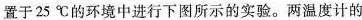
量的活性酵母菌和煮沸并冷却的葡萄糖溶液后，把装置